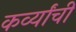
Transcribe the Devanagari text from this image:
कर्व्यांची